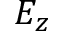
E _ { z }